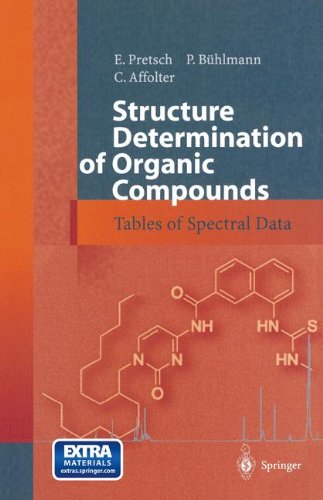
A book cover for Structure Determination of Organic Compounds: Tables of Spectral Data; E. Pretsch; Science & Math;